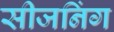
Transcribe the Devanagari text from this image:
सीजनिंग